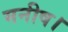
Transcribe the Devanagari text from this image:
मनीष।